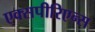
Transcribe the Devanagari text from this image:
एक्सपीरिएन्स